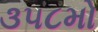
૩૫૮મો